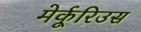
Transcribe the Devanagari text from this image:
मेर्कूरिउस